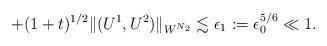
LaTeX: \begin{align*} +(1+t)^{1/2}\| (U^1, U^2)\|_{W^{N_2}} \lesssim \epsilon_1:=\epsilon_0^{5/6}\ll 1. \end{align*}